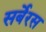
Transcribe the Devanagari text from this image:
सर्बेरस